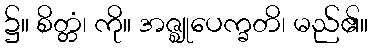
၌။ စိတ္တံ၊ ကို။ အဇ္ဈုပေက္ခတိ၊ မည်၏။